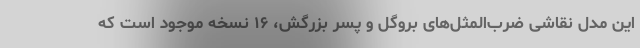
این مدل نقاشی ضرب‌المثل‌های بروگل و پسر بزرگش، ۱۶ نسخه موجود است که